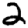
Digit: 2